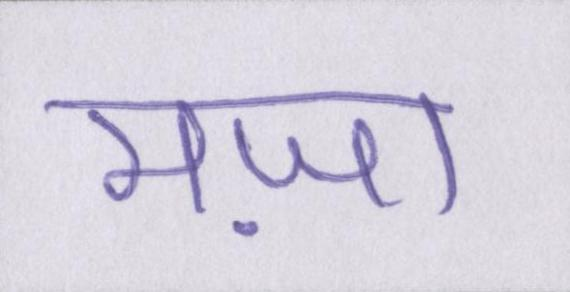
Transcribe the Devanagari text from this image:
मज़ा